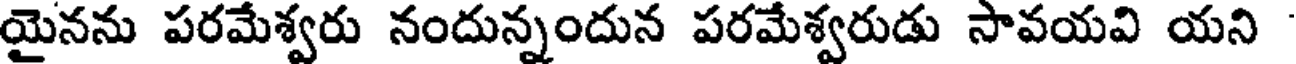
యైనను పరమేశ్వరు నందున్నందున పరమేశ్వరుడు సావయవి యని